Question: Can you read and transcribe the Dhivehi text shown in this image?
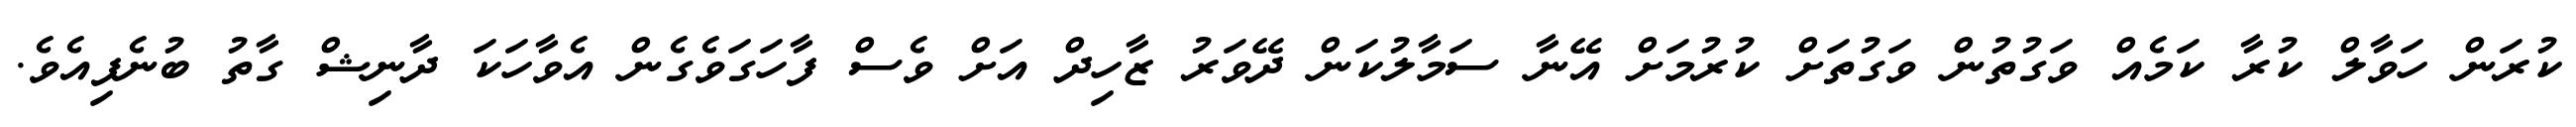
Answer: ކުރަން ހަވާލް ކުރާ ކަމެއް ވަގުތުން ވަގުތަށް ކުރުމަށް އޭނާ ސަމާލުކަން ދޭވަރު ޒާހިދް އަށް ވެސް ފާހަގަވެގެން އެވާހަކަ ދާނިޝް ގާތު ބުނެފިއެވެ.